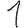
Digit: 1